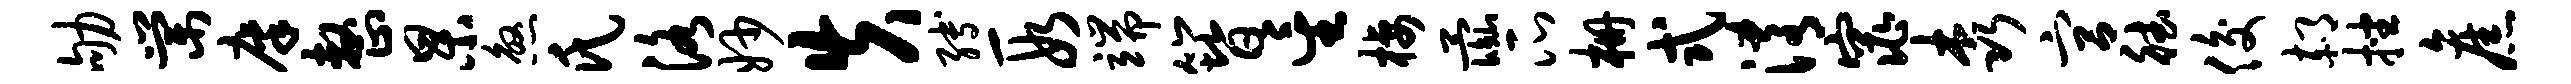
劬棠廪整杲煞氏洛妙失缚段端簪星栖彘瓜栅式淆窕森宫德俊郝挫旧